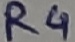
Text: R4